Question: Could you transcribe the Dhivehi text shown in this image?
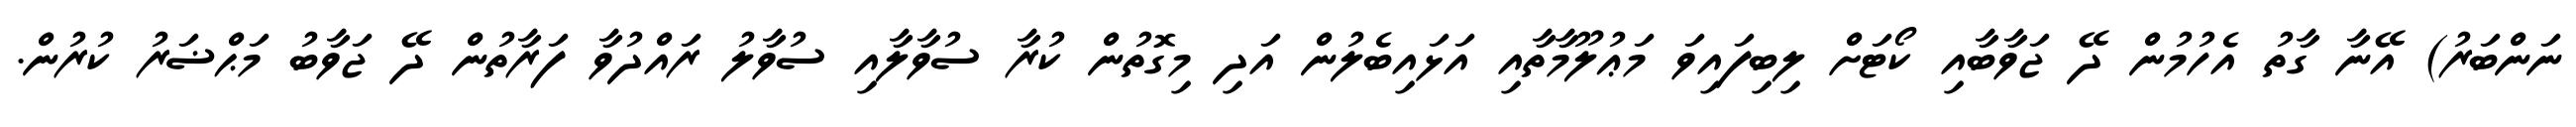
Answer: ނަންބަރު) އޭނާ ގާތު އެހުމުން ދޭ ޖަވާބާއި ކޯޓަށް ލިބިފައިވަ މަޢުލޫމާތާއި އަޅައިބެލުން އަދި މިގޮތުން ކުރާ ސުވާލާއި ސުވާލު ރައްދުވާ ފަރާތުން ދޭ ޖަވާބު މަޙްޟަރު ކުރުން.